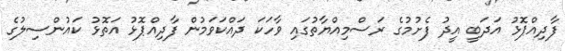
ފާދިއްޕޮޅު އަދަބީ އީދު ފެށުމުގެ ރަސްމިއްޔާތުގައި ވާހަކަ ދައްކަވަމުން ފާދިއްޕޮޅު އަތޮޅު ކައުންސިލުގެ